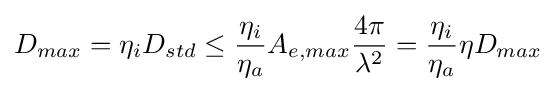
D_{max}=\eta _{i}D_{std}\leq {\frac {\eta _{i}}{\eta _{a}}}A_{e,max}{\frac {4\pi }{\lambda ^{2}}}={\frac {\eta _{i}}{\eta _{a}}}\eta D_{max}